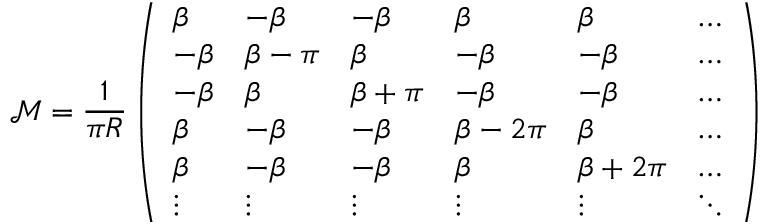
{ \mathcal M } = \frac { 1 } { \pi R } \left( \begin{array} { l l l l l l } { { \beta } } & { { - \beta } } & { { - \beta } } & { { \beta } } & { { \beta } } & { { \ldots } } \\ { { - \beta } } & { { \beta - \pi } } & { { \beta } } & { { - \beta } } & { { - \beta } } & { { \ldots } } \\ { { - \beta } } & { { \beta } } & { { \beta + \pi } } & { { - \beta } } & { { - \beta } } & { { \ldots } } \\ { { \beta } } & { { - \beta } } & { { - \beta } } & { { \beta - 2 \pi } } & { { \beta } } & { { \ldots } } \\ { { \beta } } & { { - \beta } } & { { - \beta } } & { { \beta } } & { { \beta + 2 \pi } } & { { \ldots } } \\ { { \vdots } } & { { \vdots } } & { { \vdots } } & { { \vdots } } & { { \vdots } } & { { \ddots } } \end{array} \right)